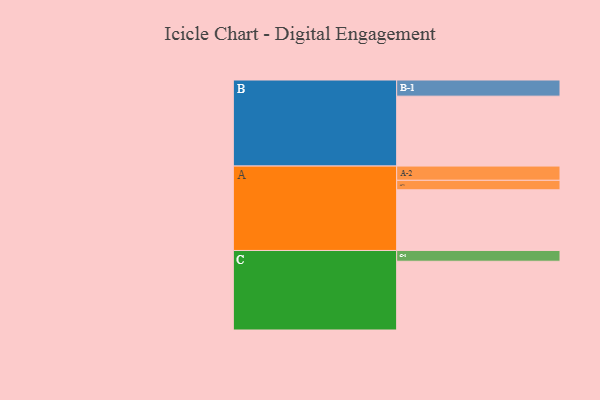
{"axis": {"x": "Segment", "y": "Value"}, "legend": ["", "A", "B", "C"], "data": [{"x": "A", "y": 473, "type": ""}, {"x": "B", "y": 545, "type": ""}, {"x": "C", "y": 536, "type": ""}, {"x": "A-1", "y": 74, "type": "A"}, {"x": "A-2", "y": 111, "type": "A"}, {"x": "B-1", "y": 126, "type": "B"}, {"x": "C-1", "y": 84, "type": "C"}]}